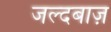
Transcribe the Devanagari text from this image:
जल्दबाज़